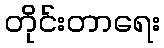
တိုင်းတာရေး